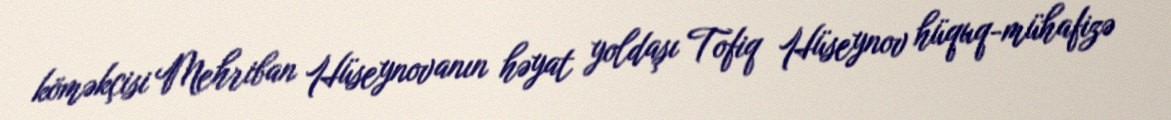
köməkçisi Mehriban Hüseynovanın həyat yoldaşı Tofiq Hüseynov hüquq-mühafizə